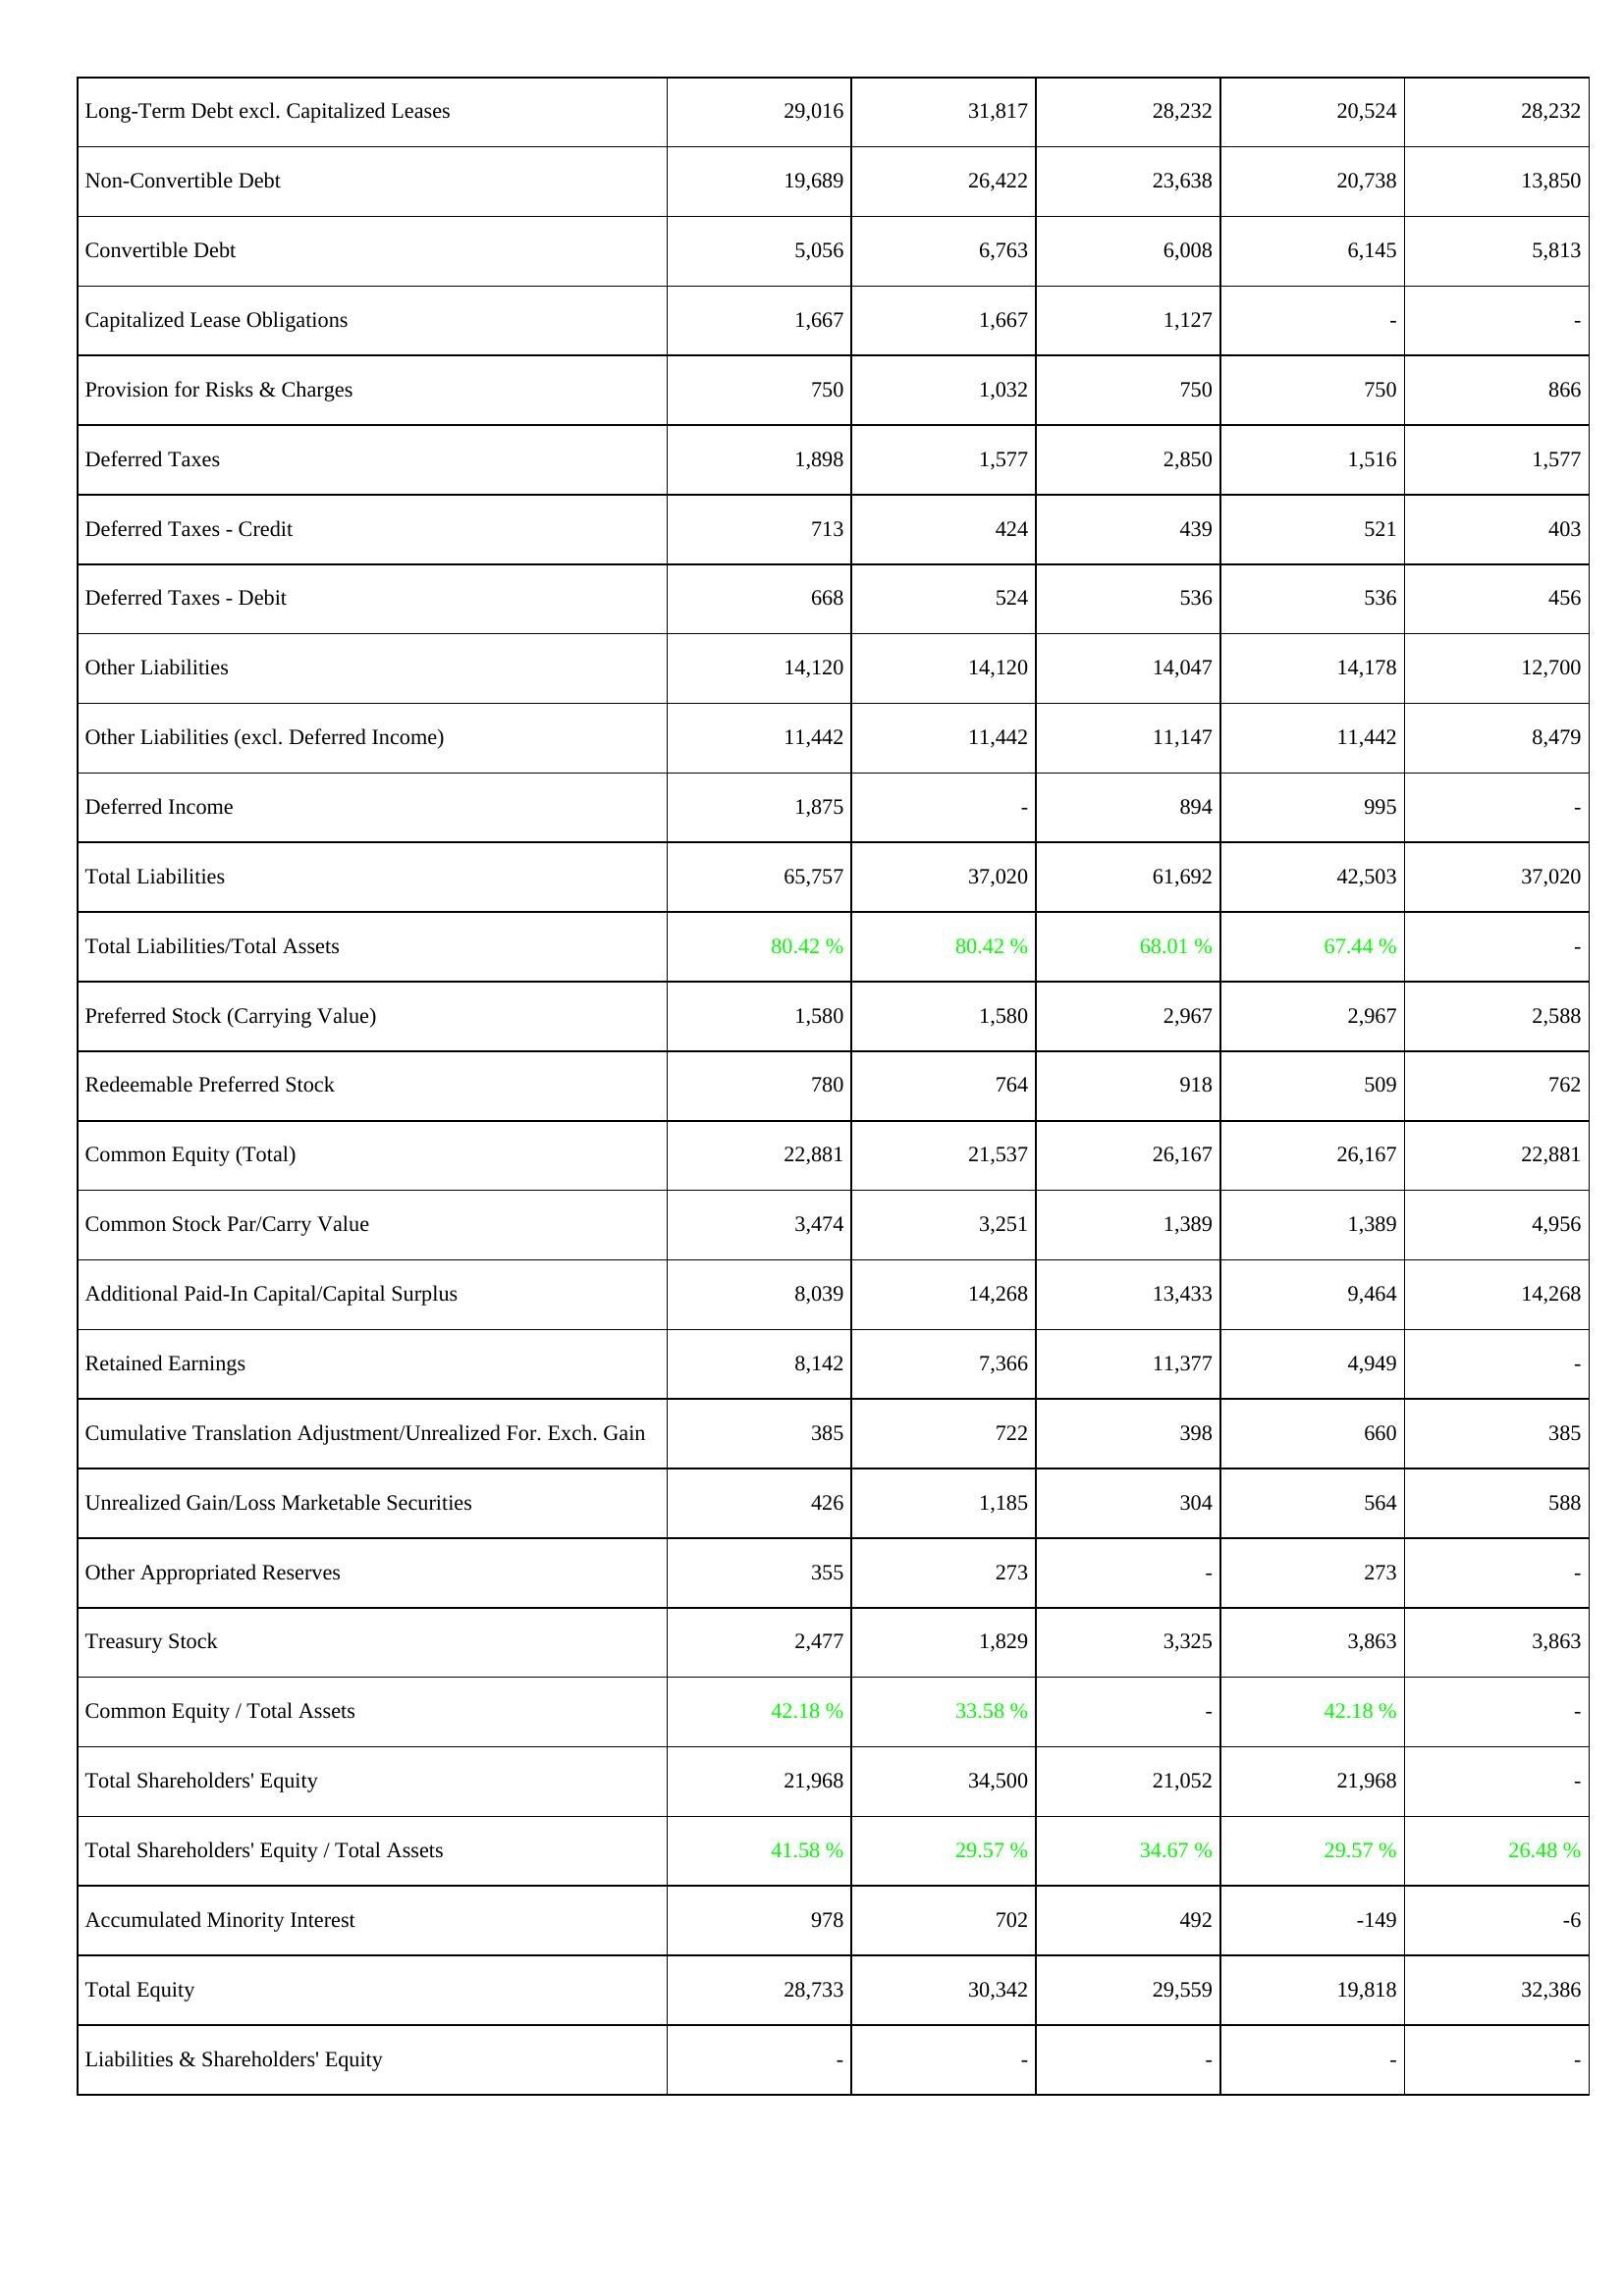
2023: Liabilities & Shareholders' Equity: Long-Term Debt excl. Capitalized Leases: 29,016
Non-Convertible Debt: 19,689
Convertible Debt: 5,056
Capitalized Lease Obligations: 1,667
Provision for Risks & Charges: 750
Deferred Taxes: 1,898
Deferred Taxes - Credit: 713
Deferred Taxes - Debit: 668
Other Liabilities: 14,120
Other Liabilities (excl. Deferred Income): 11,442
Deferred Income: 1,875
Total Liabilities: 65,757
Total Liabilities/Total Assets: 80.42 %
Preferred Stock (Carrying Value): 1,580
Redeemable Preferred Stock: 780
Common Equity (Total): 22,881
Common Stock Par/Carry Value: 3,474
Additional Paid-In Capital/Capital Surplus: 8,039
Retained Earnings: 8,142
Cumulative Translation Adjustment/Unrealized For. Exch. Gain: 385
Unrealized Gain/Loss Marketable Securities: 426
Other Appropriated Reserves: 355
Treasury Stock: 2,477
Common Equity / Total Assets: 42.18 %
Total Shareholders' Equity: 21,968
Total Shareholders' Equity / Total Assets: 41.58 %
Accumulated Minority Interest: 978
Total Equity: 28,733
Liabilities & Shareholders' Equity: -
2022: Liabilities & Shareholders' Equity: Long-Term Debt excl. Capitalized Leases: 31,817
Non-Convertible Debt: 26,422
Convertible Debt: 6,763
Capitalized Lease Obligations: 1,667
Provision for Risks & Charges: 1,032
Deferred Taxes: 1,577
Deferred Taxes - Credit: 424
Deferred Taxes - Debit: 524
Other Liabilities: 14,120
Other Liabilities (excl. Deferred Income): 11,442
Deferred Income: -
Total Liabilities: 37,020
Total Liabilities/Total Assets: 80.42 %
Preferred Stock (Carrying Value): 1,580
Redeemable Preferred Stock: 764
Common Equity (Total): 21,537
Common Stock Par/Carry Value: 3,251
Additional Paid-In Capital/Capital Surplus: 14,268
Retained Earnings: 7,366
Cumulative Translation Adjustment/Unrealized For. Exch. Gain: 722
Unrealized Gain/Loss Marketable Securities: 1,185
Other Appropriated Reserves: 273
Treasury Stock: 1,829
Common Equity / Total Assets: 33.58 %
Total Shareholders' Equity: 34,500
Total Shareholders' Equity / Total Assets: 29.57 %
Accumulated Minority Interest: 702
Total Equity: 30,342
Liabilities & Shareholders' Equity: -
2021: Liabilities & Shareholders' Equity: Long-Term Debt excl. Capitalized Leases: 28,232
Non-Convertible Debt: 23,638
Convertible Debt: 6,008
Capitalized Lease Obligations: 1,127
Provision for Risks & Charges: 750
Deferred Taxes: 2,850
Deferred Taxes - Credit: 439
Deferred Taxes - Debit: 536
Other Liabilities: 14,047
Other Liabilities (excl. Deferred Income): 11,147
Deferred Income: 894
Total Liabilities: 61,692
Total Liabilities/Total Assets: 68.01 %
Preferred Stock (Carrying Value): 2,967
Redeemable Preferred Stock: 918
Common Equity (Total): 26,167
Common Stock Par/Carry Value: 1,389
Additional Paid-In Capital/Capital Surplus: 13,433
Retained Earnings: 11,377
Cumulative Translation Adjustment/Unrealized For. Exch. Gain: 398
Unrealized Gain/Loss Marketable Securities: 304
Other Appropriated Reserves: -
Treasury Stock: 3,325
Common Equity / Total Assets: -
Total Shareholders' Equity: 21,052
Total Shareholders' Equity / Total Assets: 34.67 %
Accumulated Minority Interest: 492
Total Equity: 29,559
Liabilities & Shareholders' Equity: -
2020: Liabilities & Shareholders' Equity: Long-Term Debt excl. Capitalized Leases: 20,524
Non-Convertible Debt: 20,738
Convertible Debt: 6,145
Capitalized Lease Obligations: -
Provision for Risks & Charges: 750
Deferred Taxes: 1,516
Deferred Taxes - Credit: 521
Deferred Taxes - Debit: 536
Other Liabilities: 14,178
Other Liabilities (excl. Deferred Income): 11,442
Deferred Income: 995
Total Liabilities: 42,503
Total Liabilities/Total Assets: 67.44 %
Preferred Stock (Carrying Value): 2,967
Redeemable Preferred Stock: 509
Common Equity (Total): 26,167
Common Stock Par/Carry Value: 1,389
Additional Paid-In Capital/Capital Surplus: 9,464
Retained Earnings: 4,949
Cumulative Translation Adjustment/Unrealized For. Exch. Gain: 660
Unrealized Gain/Loss Marketable Securities: 564
Other Appropriated Reserves: 273
Treasury Stock: 3,863
Common Equity / Total Assets: 42.18 %
Total Shareholders' Equity: 21,968
Total Shareholders' Equity / Total Assets: 29.57 %
Accumulated Minority Interest: -149
Total Equity: 19,818
Liabilities & Shareholders' Equity: -
2019: Liabilities & Shareholders' Equity: Long-Term Debt excl. Capitalized Leases: 28,232
Non-Convertible Debt: 13,850
Convertible Debt: 5,813
Capitalized Lease Obligations: -
Provision for Risks & Charges: 866
Deferred Taxes: 1,577
Deferred Taxes - Credit: 403
Deferred Taxes - Debit: 456
Other Liabilities: 12,700
Other Liabilities (excl. Deferred Income): 8,479
Deferred Income: -
Total Liabilities: 37,020
Total Liabilities/Total Assets: -
Preferred Stock (Carrying Value): 2,588
Redeemable Preferred Stock: 762
Common Equity (Total): 22,881
Common Stock Par/Carry Value: 4,956
Additional Paid-In Capital/Capital Surplus: 14,268
Retained Earnings: -
Cumulative Translation Adjustment/Unrealized For. Exch. Gain: 385
Unrealized Gain/Loss Marketable Securities: 588
Other Appropriated Reserves: -
Treasury Stock: 3,863
Common Equity / Total Assets: -
Total Shareholders' Equity: -
Total Shareholders' Equity / Total Assets: 26.48 %
Accumulated Minority Interest: -6
Total Equity: 32,386
Liabilities & Shareholders' Equity: -